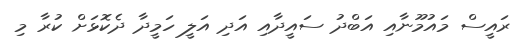
ރައީސް މައުމޫނާއި އަބްދު ސައީދާއި އަދި އަލީ ހަމީދާ ދެކޮޅަށް ކުރާ މި